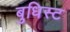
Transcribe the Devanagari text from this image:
बुधिस्ट